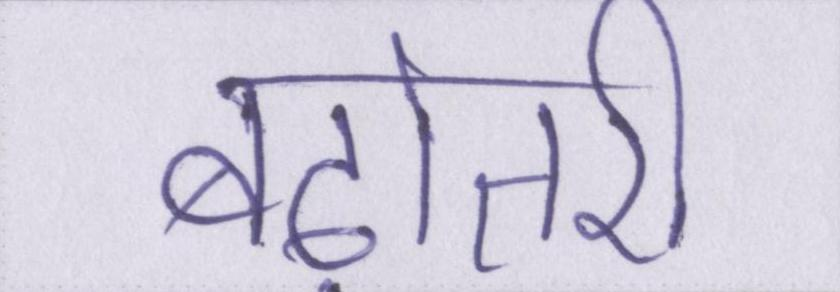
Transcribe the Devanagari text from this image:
बढ़ोतरी